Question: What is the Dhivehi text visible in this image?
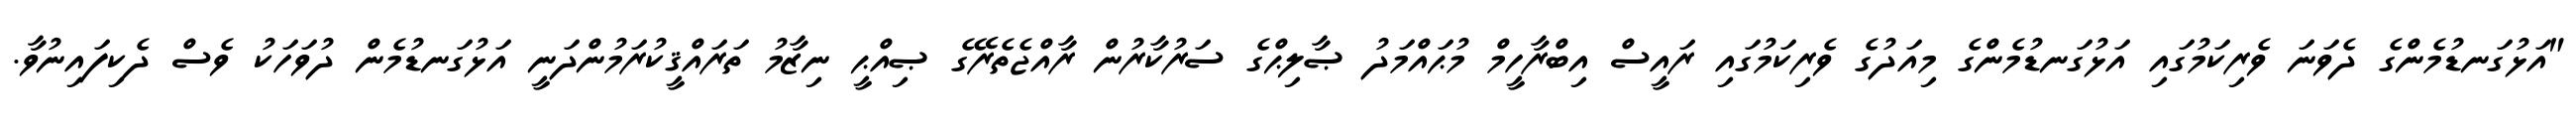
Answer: "އަޅުގަނޑުމެންގެ ދެވަނަ ވެރިކަމުގައި އަޅުގަނޑުމެންގެ މިއަދުގެ ވެރިކަމުގައި ރައީސް އިބްރާހީމް މުޙައްމަދު ޞާލިޙްގެ ސަރުކާރުން ރާއްޖެތެރޭގެ ޞިއްޙީ ނިޒާމު ތަރައްޤީކުރަމުންދަނީ އަޅުގަނޑުމެން ދުވަހަކު ވެސް ދެކިފައިނުވާ.